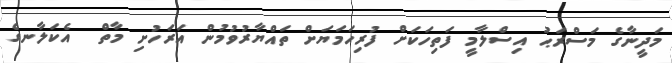
މަދީނާގެ މަސްރަޙު އިސްލާމީ ފަތިހަކަށް ފުރިހަމަޔަށް ތައްޔާރުވުމުން އަރަހުށި މާތް  އެކަލާނގެ